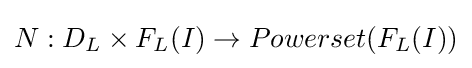
N:D_{L}\times F_{L}(I)\rightarrow Powerset(F_{L}(I))